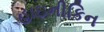
હાઇનીકિન